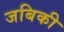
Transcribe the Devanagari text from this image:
जबिकी